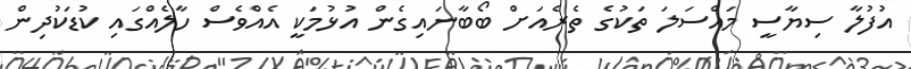
އުފުލާ ސިޔާސީ މައްސަލަ ތަކުގެ ތެރެއަށް ބޯބާނައިގެން އުޅުމަކީ އެއްވެސް ހާލެއްގައި ކުޑަކުދިން